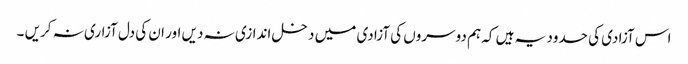
اس آزادی کی حدود یہ ہیں کہ ہم دوسروں کی آزادی میں دخل اندازی نہ دیں اور ان کی دل آزاری نہ کریں ۔